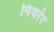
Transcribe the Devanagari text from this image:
गियरेर